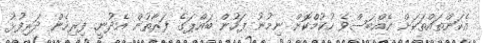
އެކަންތައްތަކަށް އެއްބަސްވެ ހުކުމްކޮށް ނިމުނު ފަހުން ބައްޕަގެ ފަރާތުން އެދުނީ